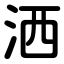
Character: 洒